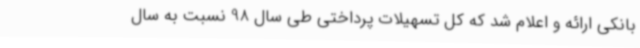
بانکی ارائه و اعلام شد که کل تسهیلات پرداختی طی سال 98 نسبت به سال